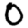
Digit: 0